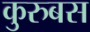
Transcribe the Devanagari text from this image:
कुरुबस